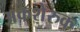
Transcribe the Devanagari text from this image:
अकशेरुक